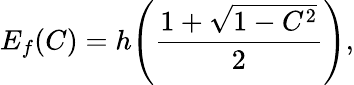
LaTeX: E_{f}(C)=h\Bigg(\frac{1+\sqrt{1-C^{2}}}{2}\Bigg),